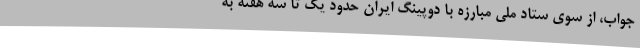
جواب، از سوی ستاد ملی مبارزه با دوپینگ ایران حدود یک تا سه هفته به